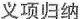
义项归纳